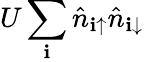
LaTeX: U\sum_{\mathbf{i}}\hat{{n}}_{\mathbf{i}\uparrow}\hat{{n}}_{\mathbf{i}\downarrow}